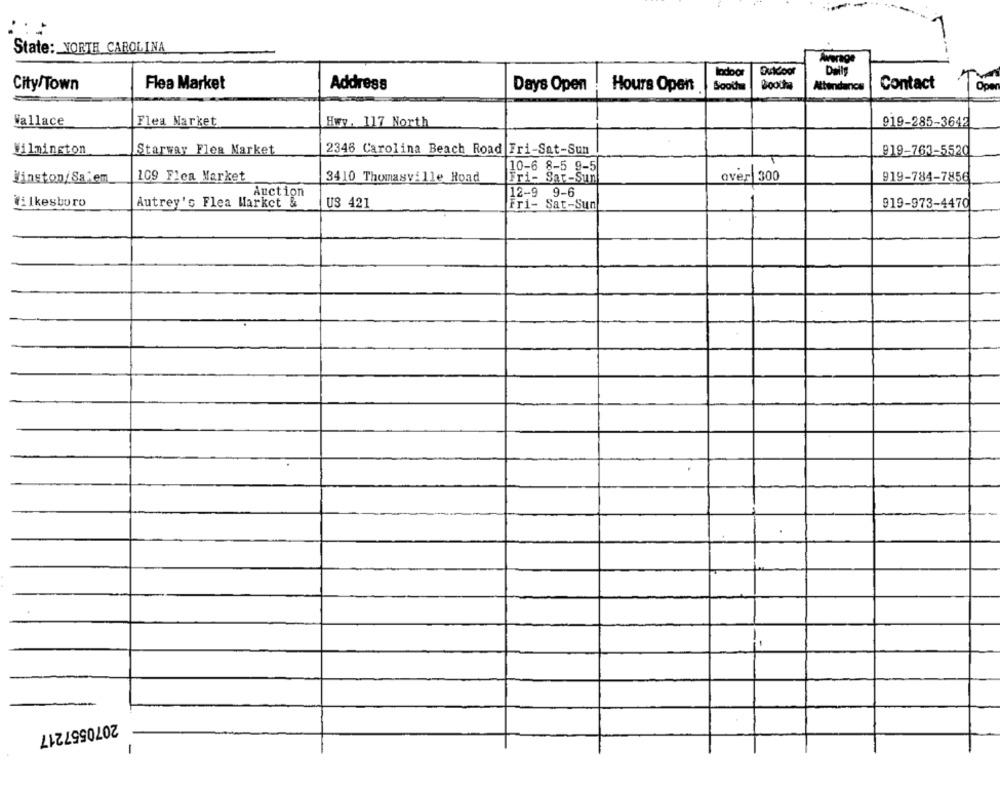
State: NORTH CAROLINA
Average
ladoor
Delly
City/Town
Flea Market
Address
Days Open
Hours Open
Sooihm
Booths
Attendance
Contact
Wallace
Flea Market
Hwy. 117 North
919-285-3642
Wilmington
Starwar Flea Market
2346 Carolina Beach Road Tri-Sat-Sun
919-763-5520
10-6 8-5 9-5
Winston/ Sa, em
109 Flea Market
3410 Thomasville_Road
Fri- Sar-Sun
over 300
919-784-7856
Auction
12-9 9-6
Wilkesboro
Autrey's Flea Market &
US 421
Fri- Sat-Sun
919-973-4470
2070557217
-